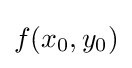
f(x_{0},y_{0})